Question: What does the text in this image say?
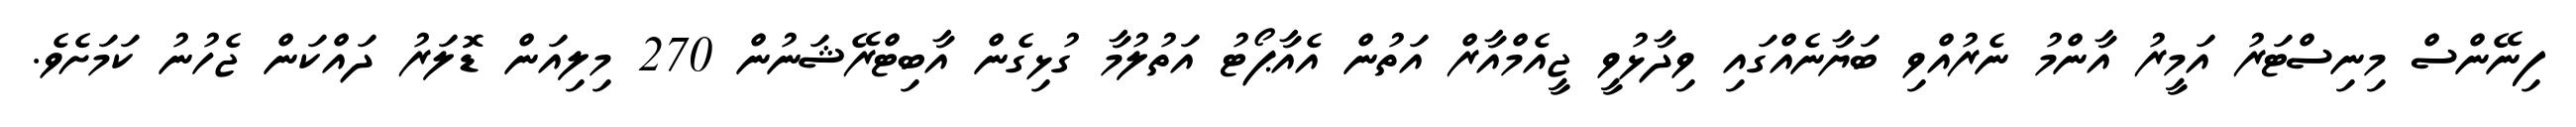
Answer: ފިނޭންސް މިނިސްޓަރު އަމީރު އާންމު ނެރުއްވި ބަޔާނެއްގައި ވިދާޅުވީ ޖީއެމްއާރް އަތުން އެއާޕޯޓު އަތުލުމާ ގުޅިގެން އާބިޓްރޭޝަނުން 270 މިލިއަން ޑޮލަރު ދައްކަން ޖެހުނު ކަމަށެވެ.